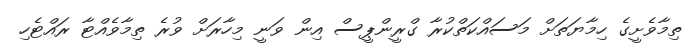
ތިމާވެށީގެ ހިމާޔަތަށް މަސައްކަތްކުރާ ގްރީންޕީސް އިން ވަނީ މިހާރަށް ވުރެ ތިމާވެއްޓާ ރައްޓެހި